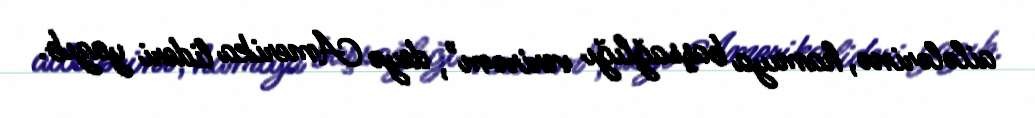
ailələrinə, hamıya başsağlığı verirəm", deyə Amerika lideri yazıb.